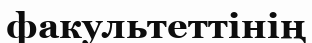
факультеттінің